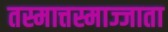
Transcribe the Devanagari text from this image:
तस्मात्तस्माज्जाता